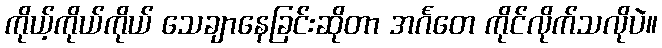
ကိုယ့်ကိုယ်ကိုယ် သေချာနေခြင်းဆိုတာ အင်္ဂတေ ကိုင်လိုက်သလိုပဲ။